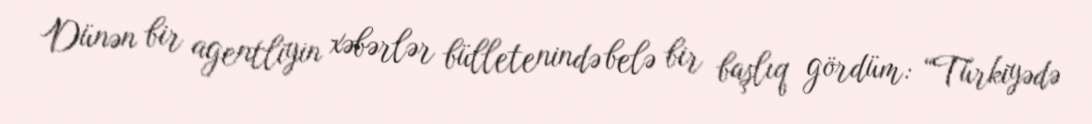
Dünən bir agentliyin xəbərlər bülletenində belə bir başlıq gördüm: “Türkiyədə